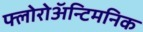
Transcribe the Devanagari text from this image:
फ्लोरोअॅन्टिमनिक